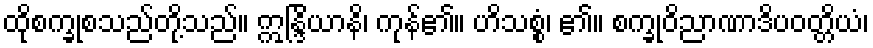
ထိုစက္ခုစသည်တို့သည်။ ဣန္ဒြိယာနိ၊ ကုန်၏။ ဟိသစ္စံ၊ ၏။ စက္ခုဝိညာဏာဒိပဝတ္တိယံ၊